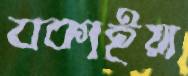
বকাইয়া